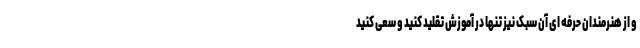
و از هنرمندان حرفه ای آن سبک نیز تنها در آموزش تقلید کنید و سعی کنید